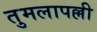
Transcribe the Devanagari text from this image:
तुमलापल्ली